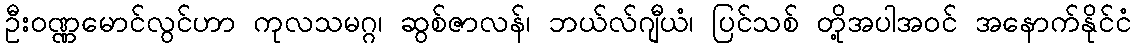
ဦးဝဏ္ဏမောင်လွင်ဟာ ကုလသမဂ္ဂ၊ ဆွစ်ဇာလန်၊ ဘယ်လ်ဂျီယံ၊ ပြင်သစ် တို့အပါအဝင် အနောက်နိုင်ငံ